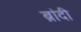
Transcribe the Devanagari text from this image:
ब्रांदी